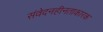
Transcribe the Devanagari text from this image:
संवेदनहीनताकारक